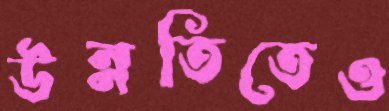
উন্নতিতেও